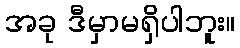
အခု ဒီမှာမရှိပါဘူး။